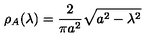
\rho _ { A } ( \lambda ) = \frac { 2 } { \pi a ^ { 2 } } \sqrt { a ^ { 2 } - \lambda ^ { 2 } }